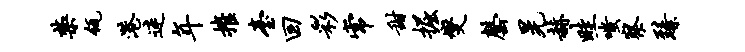
禁瓴港迷年摧台回彩常甜掘燮罄晃赫畦嗤察臻